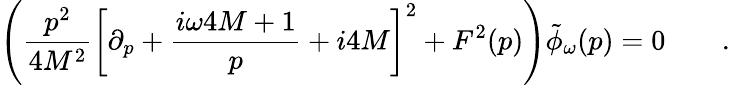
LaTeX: \left({\frac{p^{2}}{4M^{2}}}\left[\partial_{p}+{\frac{i\omega 4M+1}{p}}+i4M\right]^{2}+F^{2}(p)\right)\tilde{\phi}_{\omega}(p)=0\qquad.